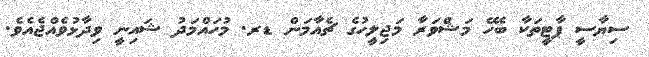
ސިޔާސީ ޕާޓީތަކާ ބެހޭ މަޝްވަރާ މަޖިލީހުގެ ޗެއާމަން ޑރ. މުހައްމަދު ޝައިނީ ވިދާޅުވެއްޖެއެވެ.